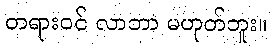
တရားဝင် လာဘာ မဟုတ်ဘူး။